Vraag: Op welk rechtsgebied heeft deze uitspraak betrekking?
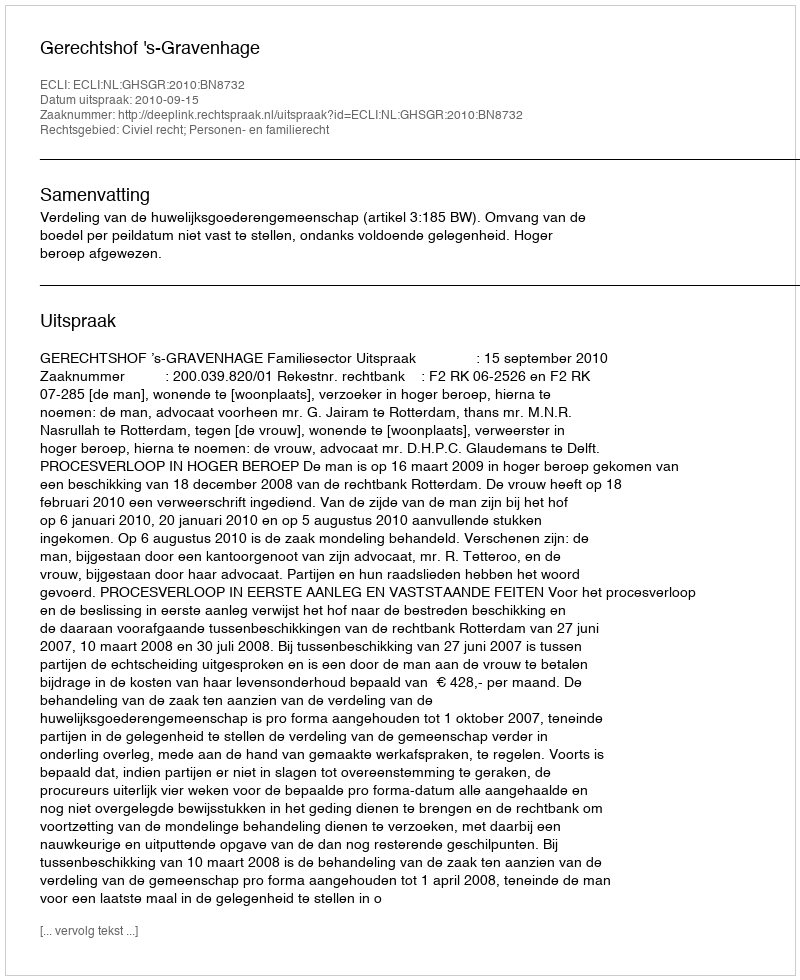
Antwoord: Civiel recht; Personen- en familierecht